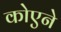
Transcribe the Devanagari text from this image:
कोएने